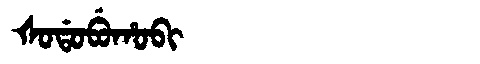
Manchu: ᡧᠣᡩᠣᠪᡠᡥᠣᠪᡳ
Romanization: ŠODOBUHOBI